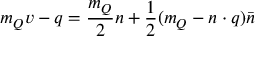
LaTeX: m _ { Q } v - q = \frac { m _ { Q } } { 2 } n + \frac { 1 } { 2 } ( m _ { Q } - n \cdot q ) \bar { n }